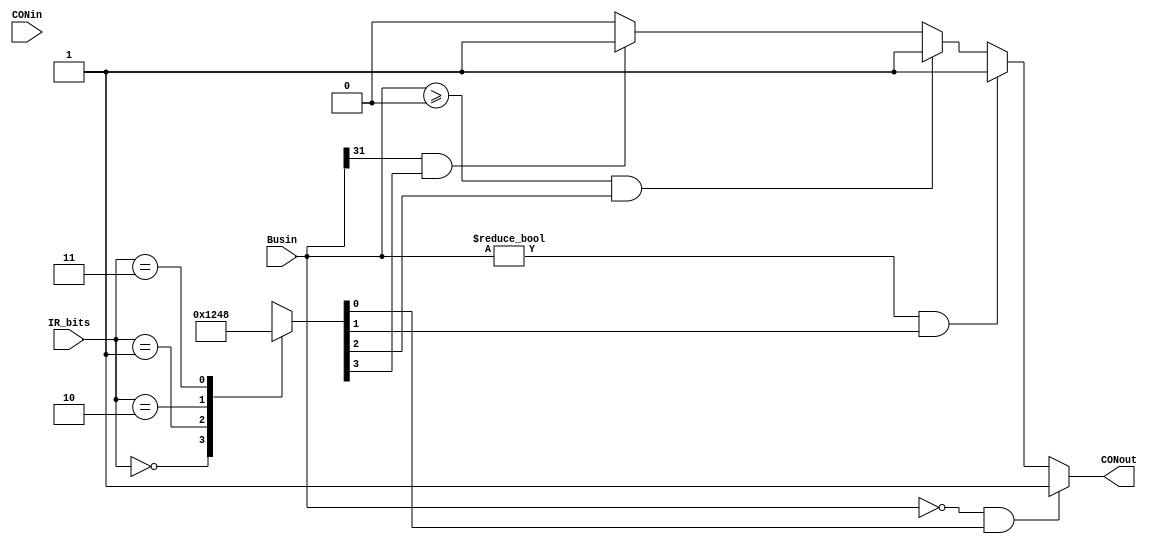
module CON_FF (input CONin, input [31:0] Busin, input [1:0] IR_bits, output CONout);

reg [3:0] decode_out;
reg CON_D;
assign CONout = CON_D;

always @ (IR_bits) begin
	case (IR_bits)
		2'b00: begin
			 decode_out = 4'b0001;
			 end
		2'b01: begin
			 decode_out = 4'b0010;
			 end
		2'b10: begin
			 decode_out = 4'b0100;
			 end
		2'b11: begin
			 decode_out = 4'b1000;
			 end
	endcase
end

always @ (Busin && CONin) begin
	if (Busin == 0 && decode_out[0]) begin
		CON_D = 1;
	end else if (Busin != 0 && decode_out[1]) begin
		CON_D = 1;
	end else if (Busin >= 0 && decode_out[2]) begin
		CON_D = 1;
	end else if (Busin[31] && decode_out[3]) begin
		CON_D = 1;
	end else begin
		CON_D = 0;
	end
end
endmodule